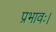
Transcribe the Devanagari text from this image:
प्रभावः।